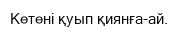
Кетені қуып қиянға-ай.